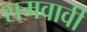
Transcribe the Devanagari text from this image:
शमवावी